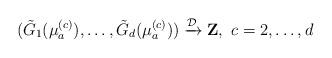
LaTeX: \begin{align*}(\tilde{G}_{1}(\mu^{(c)}_{a}),\ldots,\tilde{G}_{d}(\mu^{(c)}_{a})) \xrightarrow{\mathcal{D}} \mathbf{Z},~c=2,\ldots,d\end{align*}